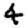
Digit: 4